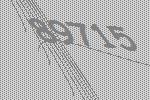
89715